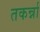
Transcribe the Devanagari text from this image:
तकर्न्ना